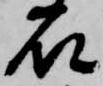
石